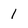
Character: 1